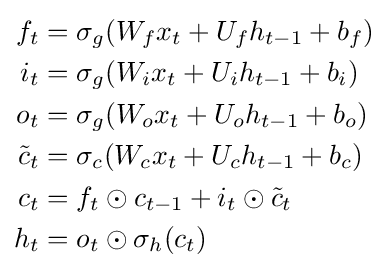
{\begin{aligned}f_{t}&=\sigma _{g}(W_{f}x_{t}+U_{f}h_{t-1}+b_{f})\\i_{t}&=\sigma _{g}(W_{i}x_{t}+U_{i}h_{t-1}+b_{i})\\o_{t}&=\sigma _{g}(W_{o}x_{t}+U_{o}h_{t-1}+b_{o})\\{\tilde {c}}_{t}&=\sigma _{c}(W_{c}x_{t}+U_{c}h_{t-1}+b_{c})\\c_{t}&=f_{t}\odot c_{t-1}+i_{t}\odot {\tilde {c}}_{t}\\h_{t}&=o_{t}\odot \sigma _{h}(c_{t})\end{aligned}}